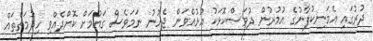
ދުރުގައި އެމަނިކުފާނުގެ އުމުރުން ދުވަސްކޮޅަކު އުޅުއްވަން ޖެހުނު ނަމަވެސް ގައުމަށް ކޮށްދެއްވި ހިދުމަތްތައް